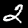
Digit: 2